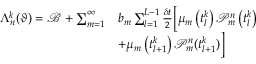
\begin{array} { r l } { \Lambda _ { n } ^ { k } ( \vartheta ) = \mathcal { B } + \sum _ { m = 1 } ^ { \infty } } & { b _ { m } \sum _ { l = 1 } ^ { L - 1 } \frac { \delta t } { 2 } \Big [ \mu _ { m } \left( t _ { l } ^ { k } \right) \mathcal { P } _ { m } ^ { n } \left( t _ { l } ^ { k } \right) } \\ & { + \mu _ { m } \left( t _ { l + 1 } ^ { k } \right) \mathcal { P } _ { m } ^ { n } ( t _ { l + 1 } ^ { k } ) \Big ] } \end{array}